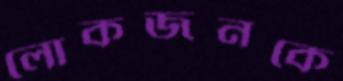
লোকজনকে